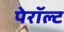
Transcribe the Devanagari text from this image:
पेरॉल्ट